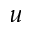
u